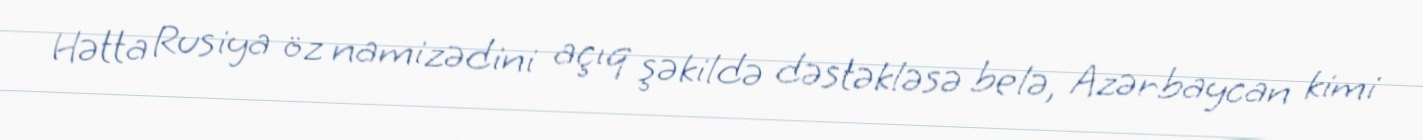
Hətta Rusiya öz namizədini açıq şəkildə dəstəkləsə belə, Azərbaycan kimi